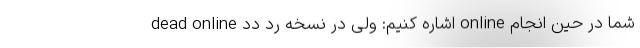
dead online اشاره کنیم: ولی در نسخه رد دد online شما در حین انجام